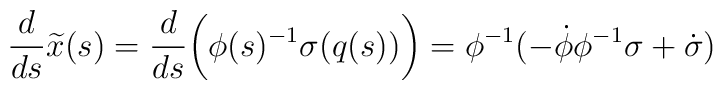
\frac{d}{ds} \widetilde{x}(s) 	=	\frac{d}{ds} 	\biggl( \phi(s)^{-1} \sigma(q(s)) \biggr)	=	\phi^{-1}	( 	- \dot{\phi} \phi^{-1} \sigma	+ \dot{\sigma}	)